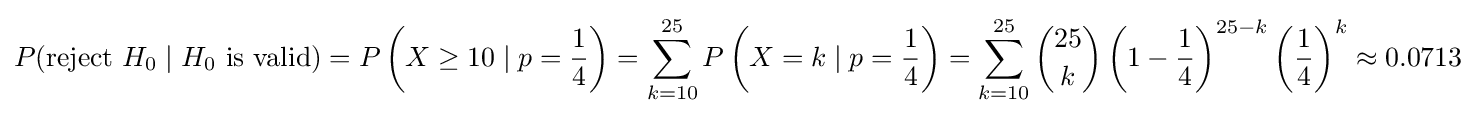
P({\text{reject }}H_{0}\mid H_{0}{\text{ is valid}})=P\left(X\geq 10\mid p={\frac {1}{4}}\right)=\sum _{k=10}^{25}P\left(X=k\mid p={\frac {1}{4}}\right)=\sum _{k=10}^{25}{\binom {25}{k}}\left(1-{\frac {1}{4}}\right)^{25-k}\left({\frac {1}{4}}\right)^{k}\approx 0.0713